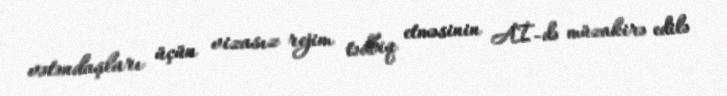
vətəndaşları üçün vizasız rejim tədbiq etməsinin Aİ-də müzakirə edilə